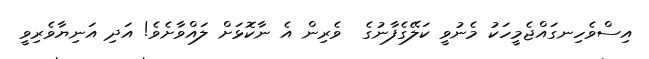
އިސްވެހިނގައްޖެމީހަކު މެނުވީ ކަލޭގެފާނުގެ  ވެރިން އެ ނާކޮޅަށް ލައްވާށެވެ! އަދި އަނިޔާވެރިވީ